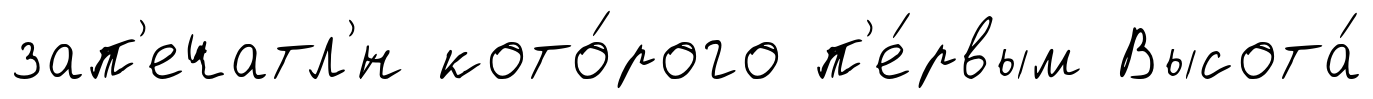
зап'ечатл'́н кото́рого п'е́рвым Высота́